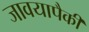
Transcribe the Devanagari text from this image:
जावयापैकी